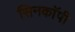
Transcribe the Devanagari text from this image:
सिनकाॅपी